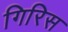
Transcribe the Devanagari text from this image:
गिरिस